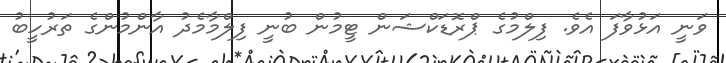
ވަނީ އަޅުވާފަ އެވެ. ފިލްމުގެ ޕްރޮޑަކްޝަން ޓީމުން ބުނީ ފިލްމާމެދު އާންމުންގެ ތަރުހީބު